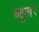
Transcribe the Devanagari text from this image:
ब्यूलर